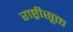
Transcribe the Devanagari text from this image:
राष्ट्रीसूक्त